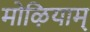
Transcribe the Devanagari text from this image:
मोऴियाम्